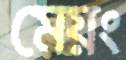
মেয়ং